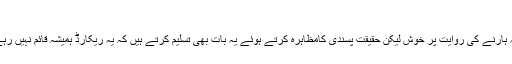
پاکستان ایک زبردست ٹیم ہے
بھارتی کپتان مہندر سنگھ دھونی ورلڈ کپ مقابلوں میں پاکستان سے کبھی بھی نہ ہارنے کی روایت پر خوش لیکن حقیقت پسندی کامظاہرہ کرتے ہوئے یہ بات بھی تسلیم کرتے ہیں کہ یہ ریکارڈ ہمیشہ قائم نہیں رہے گا اور یقیناً ایک وقت آئے گا جب بھارت پاکستان سے ورلڈ کپ میں ہارے گا۔